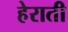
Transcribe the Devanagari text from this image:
हेराती